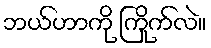
ဘယ်ဟာကို ကြိုက်လဲ။